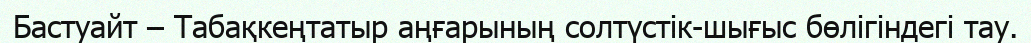
Бастуайт – Табақкеңтатыр аңғарының солтүстік-шығыс бөлігіндегі тау.